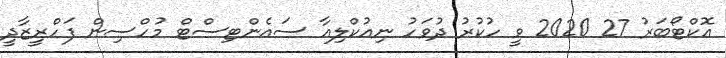
އޮކްޓޯބަރު 27 2020 ވީ ހުކުރު ދުވަހު ނިއުކްލިއާ ސައެންޓިސްޓް މުހްސިން ފަހްރީޒާދީ